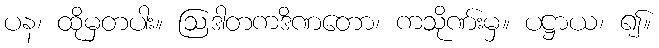
ပန၊ ထိုမှတပါး။ ဩဒါတကဒိဏတော၊ ကသိုဏ်းမှ။ ပဋ္ဌာယ၊ ၍။